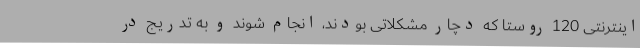
اینترنتی 120 روستا که دچار مشکلاتی بودند، انجام شوند و به تدریج در